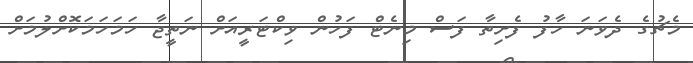
މެޗުގެ ދެވަނަ ހާފު ފެށިތާ ފަސް މިނެޓް ފަހުން ވިކްޓަރީއަށް ނަތީޖާ ހަމަހަމަކޮށްލުމަށް